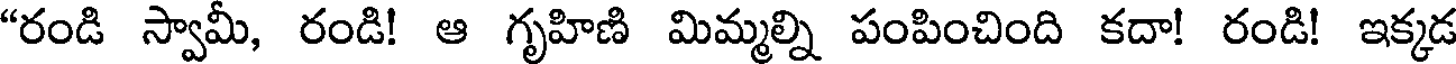
"రండి స్వామీ, రండి! ఆ గృహిణి మిమ్మల్ని పంపించింది కదా! రండి! ఇక్కడ